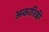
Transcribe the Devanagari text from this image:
अकारिकी